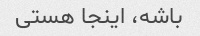
باشه، اینجا هستی